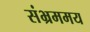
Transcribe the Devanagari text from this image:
संभ्रममय